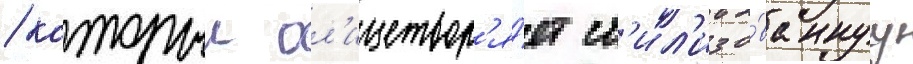
/ которыи ол'ицетвор'я́ет ст'ил'изо́ваннуу